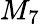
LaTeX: M_{7}